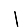
Digit: 1